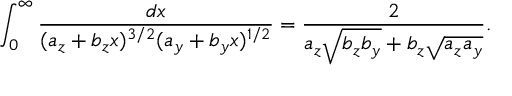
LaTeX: \int _ { 0 } ^ { \infty } \frac { d x } { ( a _ { z } + b _ { z } x ) ^ { 3 / 2 } ( a _ { y } + b _ { y } x ) ^ { 1 / 2 } } = \frac { 2 } { a _ { z } \sqrt { b _ { z } b _ { y } } + b _ { z } \sqrt { a _ { z } a _ { y } } } .